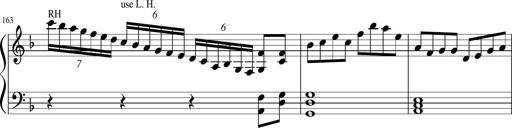
Title: Sonatina in F major
Composer: Ethan Ngo
Key: F major